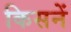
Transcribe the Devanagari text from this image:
किसनें